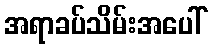
အရာခပ်သိမ်းအပေါ်